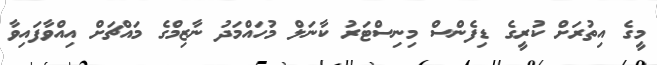
މީގެ އިތުރަށް ކުރީގެ ޑިފެންސް މިނިސްޓަރު ކާނަލް މުހައްމަދު ނާޒިމްގެ މައްޗަށް އިއްވާފައިވާ